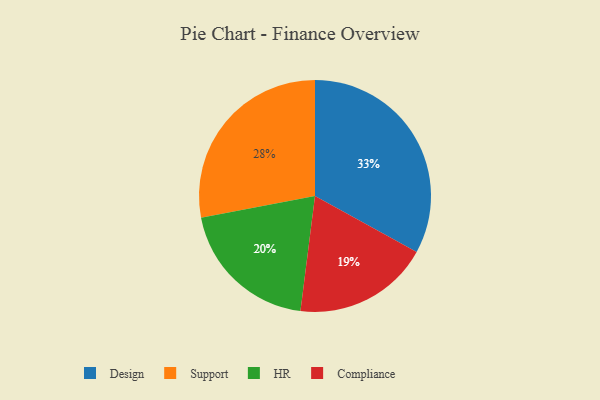
{"axis": {"x": "Category", "y": "Percentage"}, "legend": ["Compliance", "Design", "HR", "Support"], "data": [{"x": "HR", "y": 20, "type": "HR"}, {"x": "Support", "y": 28, "type": "Support"}, {"x": "Compliance", "y": 19, "type": "Compliance"}, {"x": "Design", "y": 33, "type": "Design"}]}